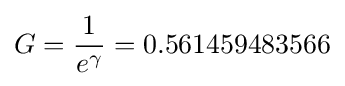
G={\frac {1}{e^{\gamma }}}=0.561459483566